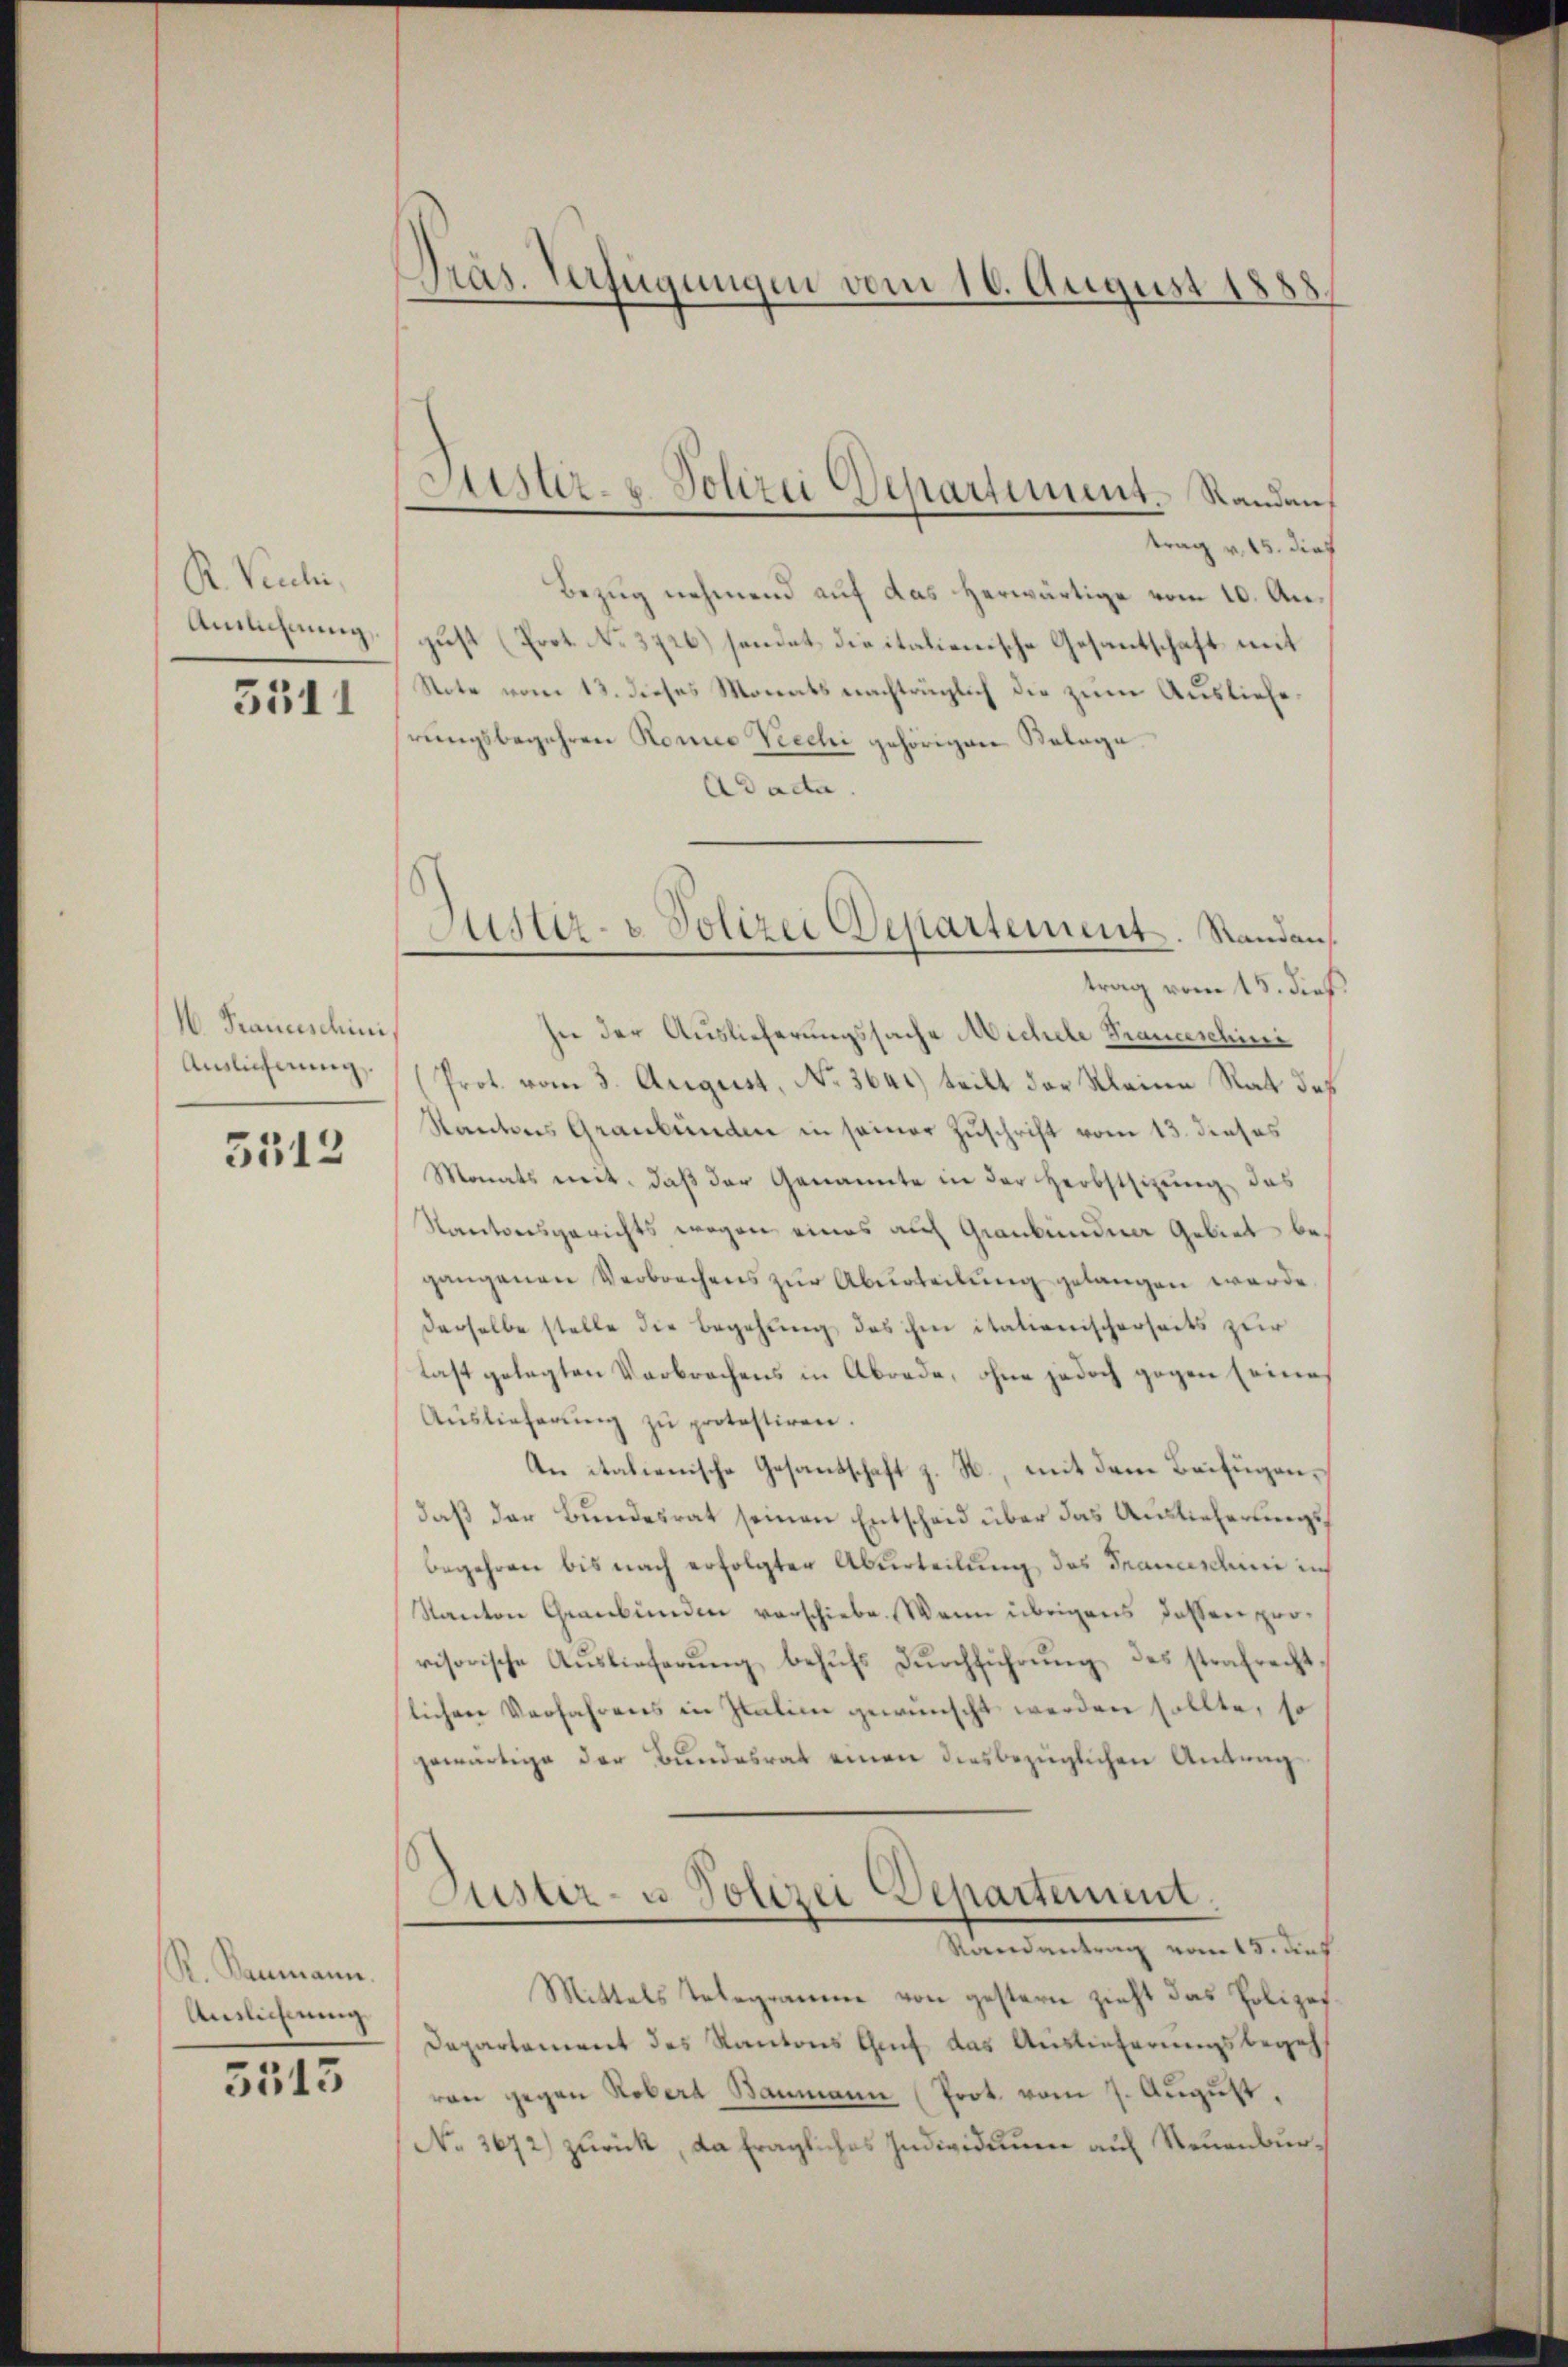
R. Pauli.
Anlichnung,

5511

M. Francischeini
Auslichnung

3512

R. Kommann.
Anslichnung

5515

Präs. Verfügungen vom 16. August 1888

trag v. 15. dies
Bezug nehmend auf das herwärtige vom 10. August (Prot. No. 3726) sendet die italienische Gesantschaft mit
Note vom 13. dieses Monats nachträglich die zum Auslieferungsbegehren Konio Viechi gehörigen Belage.
Ad acta.
trag vom 15. dieß
see der Auslieferungssache Michele Pranceschini
(Prot. vom 3. August, No. 3641) teilt der Kleine Rat des
Kantons Graubünden in seiner Zuschrift vom 13. dieses
Monats mit, daß der Genannte in der Herbstsizung, das
Kantonsgerichts wegen eines auch Graubündner Gebiet begangenen Verbrechens zŭr Aburteilung gelangen werde.
derselbe stelle die Begehung des ihm itationischerseits zur
last gelegten Verbrechens in Abrede, ohne jedoch gegen seine
Auslieferŭng zŭ protestiren.
An italienische Gesandschaft z. B., mit dem Beifügendaß der Bundesrat seinen Entscheid über das Auslieferungsbegehren bis nach erfolgter Aburteilung des Francsdum in
Kanton Graubünden verschiebe. Wenn übrigens dassen provisorische Aŭslieferŭng behŭfs Dŭrchführŭng des strafrecht,
lichen Verfahrens in Italien gewünscht werden sollte, so
gewärtige der Bundesrat einen diesbezüglichen Antrag
Puster- u Polizei Departement.
Randantrag vom 15. dies
Mittels Telegramme von gestern zieht das Polizei¬
Departement des Kantons Genf das Auslieferungsbegehran gegen Robert Baumann (Prot. vom 7. Aŭgŭst
No. 3672) zurück, da fragliches Individuum auf Neuenbur¬

Lister- u. Polizei Departiment. Standen

Justiz- & Polizei Departement. Randans